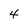
Character: 4